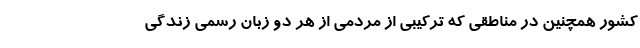
کشور همچنین در مناطقی که ترکیبی از مردمی از هر دو زبان رسمی زندگی